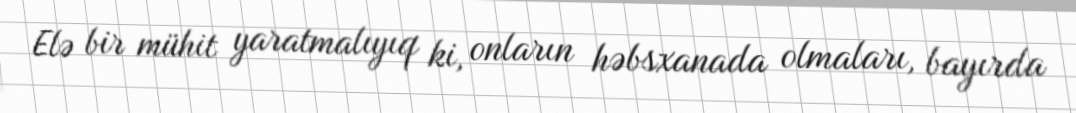
Elə bir mühit yaratmalıyıq ki, onların həbsxanada olmaları, bayırda